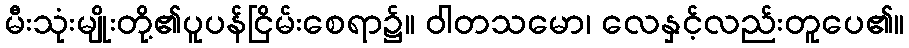
မီးသုံးမျိုးတို့၏ပူပန်ငြိမ်းစေရာ၌။ ဝါတသမော၊ လေနှင့်လည်းတူပေ၏။